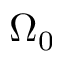
\Omega _ { 0 }